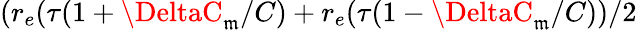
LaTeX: (r_{e}(\tau(1+\DeltaC_{\mathfrak{m}}/C)+r_{e}(\tau(1-\DeltaC_{\mathfrak{m}}/C))/2